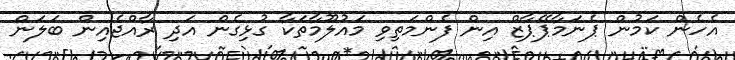
އެހެން ކަމުން ޕެނަމާޕޭޕާޒް އިން ފެންމަތިވި މައުލޫމާތަކާ ގުޅިގެން އަދި ރާއްޖެއިން ބަލަން